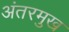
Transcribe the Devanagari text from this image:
अंतरमुख